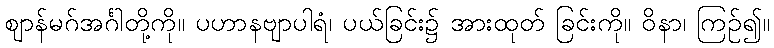
ဈာန်မဂ်အင်္ဂါတို့ကို။ ပဟာနဗျာပါရံ၊ ပယ်ခြင်း၌ အားထုတ် ခြင်းကို။ ဝိနာ၊ ကြဉ်၍။